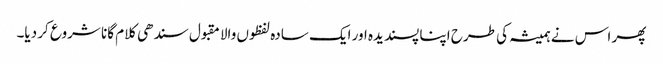
پھر اس نے ہمیشہ کی طرح اپنا پسندیدہ اور ایک سادہ لفظوں والا مقبول سندھی کلام گانا شروع کر دیا۔